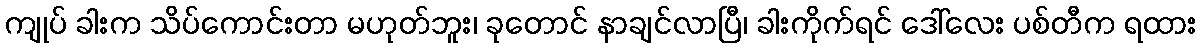
ကျုပ် ခါးက သိပ်ကောင်းတာ မဟုတ်ဘူး၊ ခုတောင် နာချင်လာပြီ၊ ခါးကိုက်ရင် ဒေါ်လေး ပစ်တီက ရထား